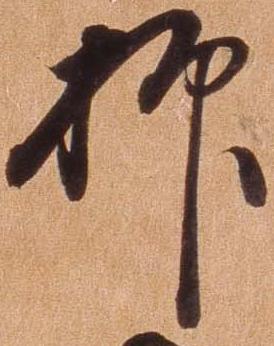
抑